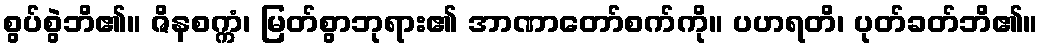
စွပ်စွဲဘိ၏။ ဇိနစက္ကံ၊ မြတ်စွာဘုရား၏ အာဏာတော်စက်ကို။ ပဟရတိ၊ ပုတ်ခတ်ဘိ၏။